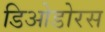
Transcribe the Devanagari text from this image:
डिओडोरस